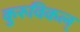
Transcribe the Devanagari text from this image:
कुरुविकल्